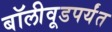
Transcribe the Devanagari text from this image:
बॉलीवूडपर्यंत